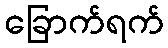
ခြောက်ရက်